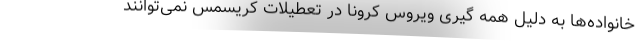
خانواده‌ها به دلیل همه گیری ویروس کرونا در تعطیلات کریسمس نمی‌توانند